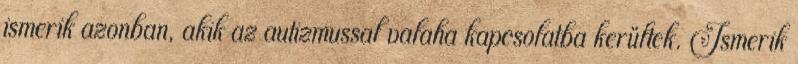
ismerik azonban, akik az autizmussal valaha kapcsolatba kerültek. Ismerik